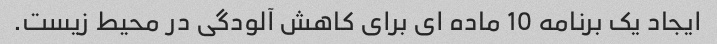
ایجاد یک برنامه 10 ماده ای برای کاهش آلودگی در محیط زیست.